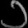
Digit: ၁